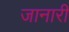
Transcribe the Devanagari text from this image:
जानारी